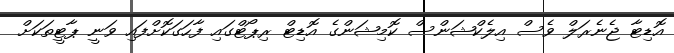
އޮޑިޓާ ޖެނެރަލް ވެސް އިލެކްޝަންސް ކޮމިޝަންގެ އޮޑިޓް ރިޕޯޓްގައި ފާހަގަކޮށްފައި ވަނީ ޕާޓީތަކަށް